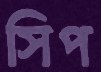
সিপ